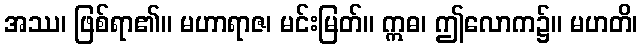
အဿ၊ ဖြစ်ရာ၏။ မဟာရာဇ၊ မင်းမြတ်။ ဣဓ၊ ဤလောက၌။ မဟတိ၊